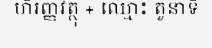
ហិរញ្ញវត្ថុ + ឈ្មោះ តួនាទី